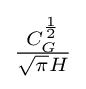
{\textstyle {\frac {C_{G}^{\frac {1}{2}}}{{\sqrt {\pi }}H}}}